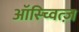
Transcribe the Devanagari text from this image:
ऑस्च्वित्ज़